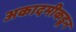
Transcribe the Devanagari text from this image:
अकादमीकडून